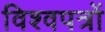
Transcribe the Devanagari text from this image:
विश्वपत्रों